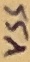
Text: VSS